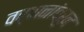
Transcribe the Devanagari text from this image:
वर्णनांवरुन